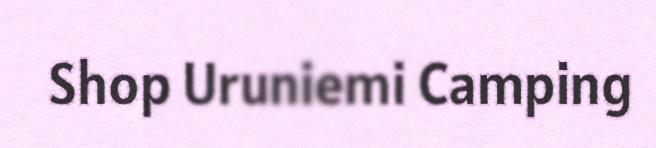
Shop Uruniemi Camping